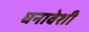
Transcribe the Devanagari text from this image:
घनावेशी